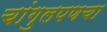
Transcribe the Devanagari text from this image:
चांगुलपणचा